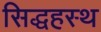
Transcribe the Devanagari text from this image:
सिद्धहस्थ